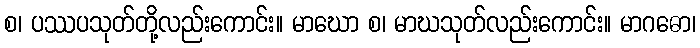
စ၊ ပဿပသုတ်တို့လည်းကောင်း။ မာဃော စ၊ မာဃသုတ်လည်းကောင်း။ မာဂဓော၊